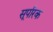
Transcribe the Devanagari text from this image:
सूर्पारक